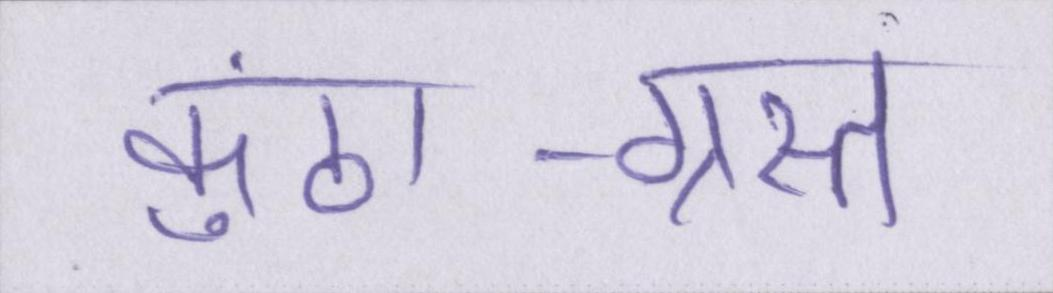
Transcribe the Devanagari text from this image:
कुंठा-ग्रस्त